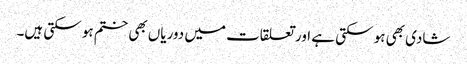
شادی بھی ہو سکتی ہے اور تعلقات میں دوریاں بھی ختم ہو سکتی ہیں۔